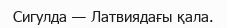
Сигулда — Латвиядағы қала.